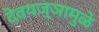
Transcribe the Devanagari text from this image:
देवयज्ञामुळे